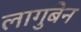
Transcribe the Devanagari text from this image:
लागुबेन